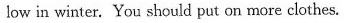
low in winter. You should put on more clothes.